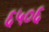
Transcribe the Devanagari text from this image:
६५०६